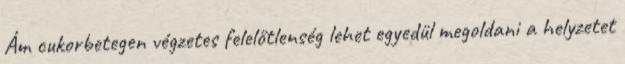
Ám cukorbetegen végzetes felelőtlenség lehet egyedül megoldani a helyzetet